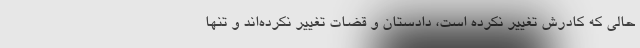
حالی که کادرش تغییر نکرده است، دادستان و قضات تغییر نکرده‌اند و تنها